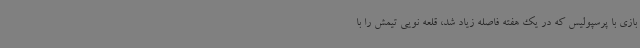
بازی با پرسپولیس که در یک هفته فاصله زیاد شد، قلعه نویی تیمش را با